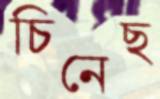
চিনেছ